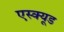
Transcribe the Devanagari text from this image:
एस्क्यूड